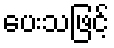
ပေးသဖြင့်